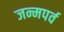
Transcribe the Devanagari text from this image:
जन्मपर्व